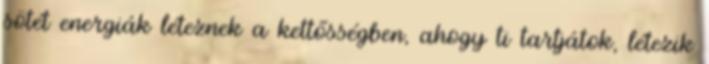
sötét energiák léteznek a kettősségben, ahogy ti tartjátok, létezik